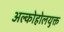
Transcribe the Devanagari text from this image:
अल्कोहोलयुक्त